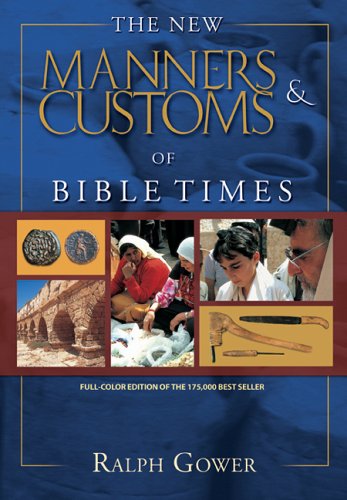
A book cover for The New Manners & Customs of Bible Times; Ralph R. Gower; Christian Books & Bibles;